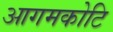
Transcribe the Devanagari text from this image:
आगमकोटि